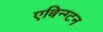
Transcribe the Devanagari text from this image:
एबिन्ग्टन